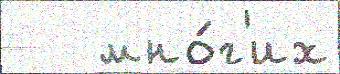
   мно́г'их